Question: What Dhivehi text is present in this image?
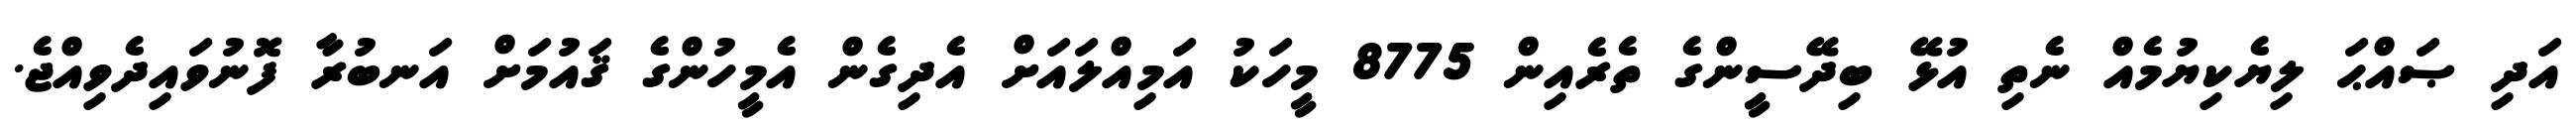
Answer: އަދި ޞައްޙަ ލިޔެކިޔުމެއް ނެތި އުޅޭ ބިދޭސީންގެ ތެރެއިން 8775 މީހަކު އަމިއްލައަށް އެދިގެން އެމީހުންގެ ޤައުމަށް އަނބުރާ ފޮނުވައިދެވިއްޖެ.